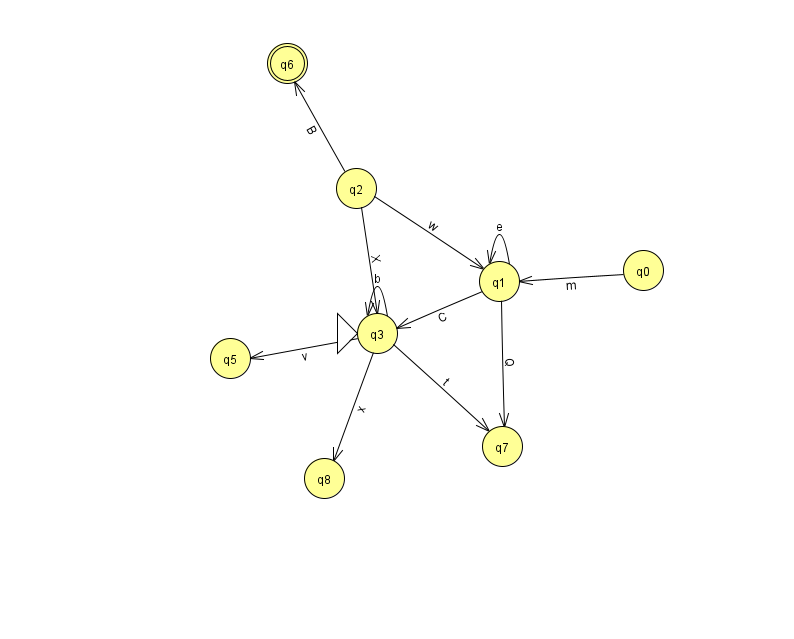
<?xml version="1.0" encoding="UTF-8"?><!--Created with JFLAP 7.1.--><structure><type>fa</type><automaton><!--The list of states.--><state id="0" name="q0"><x>643.0</x><y>257.0</y></state><state id="1" name="q1"><x>499.0</x><y>268.0</y></state><state id="2" name="q2"><x>356.0</x><y>175.0</y></state><state id="3" name="q3"><x>377.0</x><y>320.0</y><initial/></state><state id="5" name="q5"><x>230.0</x><y>345.0</y></state><state id="6" name="q6"><x>287.0</x><y>50.0</y><final/></state><state id="7" name="q7"><x>502.0</x><y>433.0</y></state><state id="8" name="q8"><x>324.0</x><y>465.0</y></state><!--The list of transitions.--><transition><from>2</from><to>3</to><read>X</read></transition><transition><from>3</from><to>3</to><read>b</read></transition><transition><from>0</from><to>1</to><read>m</read></transition><transition><from>1</from><to>1</to><read>e</read></transition><transition><from>2</from><to>1</to><read>w</read></transition><transition><from>1</from><to>7</to><read>Q</read></transition><transition><from>3</from><to>5</to><read>v</read></transition><transition><from>1</from><to>3</to><read>C</read></transition><transition><from>3</from><to>7</to><read>t</read></transition><transition><from>3</from><to>8</to><read>x</read></transition><transition><from>2</from><to>6</to><read>B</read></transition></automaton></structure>